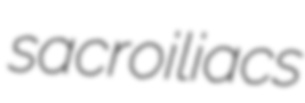
sacroiliacs